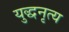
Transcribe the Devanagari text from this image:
युद्धनृत्य